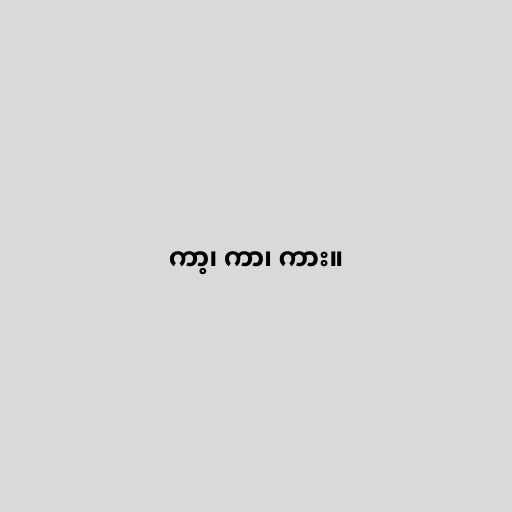
ကာ့၊ ကာ၊ ကား။